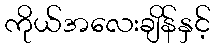
ကိုယ်အလေးချိန်နှင့်